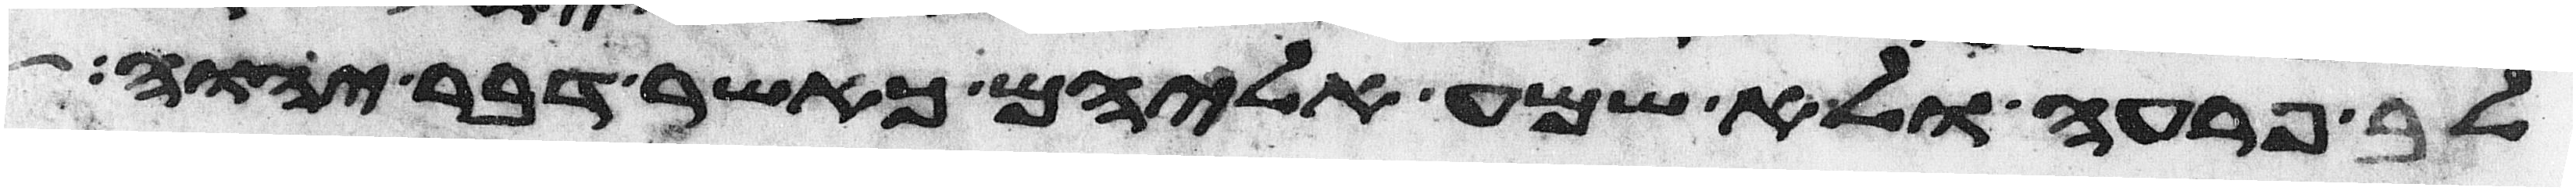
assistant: לב פרעה ולא שמע אליהם כאשר דבר יהוה